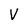
Character: V